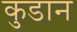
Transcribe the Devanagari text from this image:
कुडान